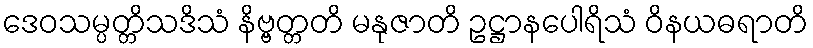
ဒေဝသမ္ပတ္တိသဒိသံ နိဗ္ဗတ္တတိ မနုဇာတိ ဥဋ္ဌာနပေါရိသံ ဝိနယဓရာတိ